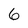
Character: 6